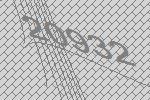
20932